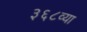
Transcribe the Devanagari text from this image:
३६८व्या